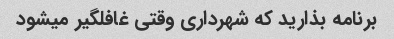
برنامه بذارید که شهرداری وقتی غافلگیر میشود